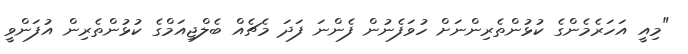
"މިއީ އަހަރެމެންގެ ކުޅުންތެރިންނަށް ހުވަފެނުން ފެންނަ ފަދަ މެޗެއް ބެލްޖިއަމްގެ ކުޅުންތެރިން އުފަންވީ